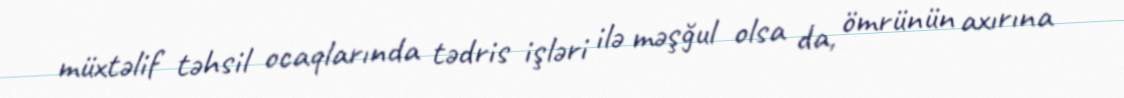
müxtəlif təhsil ocaqlarında tədris işləri ilə məşğul olsa da, ömrünün axırına